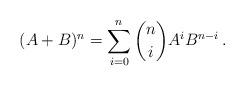
LaTeX: \begin{align*} (A+B)^n = \sum_{i=0}^n \binom{n}{i} A^i B^{n-i} \,. \end{align*}